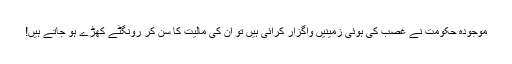
موجودہ حکومت نے غصب کی ہوئی زمینیں واگزار کرائی ہیں تو ان کی مالیت کا سُن کر رونگٹے کھڑے ہو جاتے ہیں!